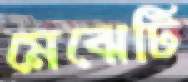
মেঝেটি